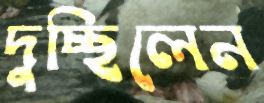
দুচ্ছিলেন